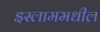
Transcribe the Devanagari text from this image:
इस्लाममधील